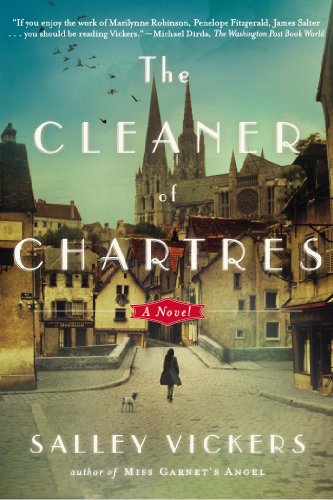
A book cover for The Cleaner of Chartres: A Novel; Salley Vickers; Literature & Fiction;